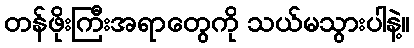
တန်ဖိုးကြီးအရာတွေကို သယ်မသွားပါနဲ့။